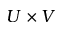
U \times V